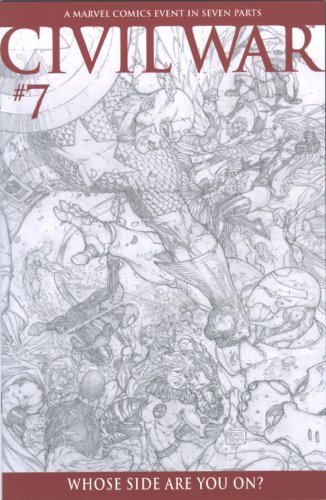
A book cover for Civil War #7, Michael Turner Sketch Variant Cover (Civil War, # 7); Mark Millar; Comics & Graphic Novels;